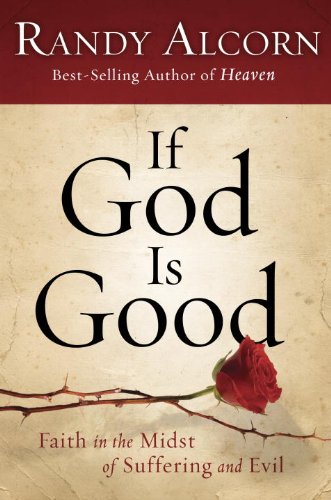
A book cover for If God Is Good: Faith in the Midst of Suffering and Evil; Randy Alcorn; Christian Books & Bibles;